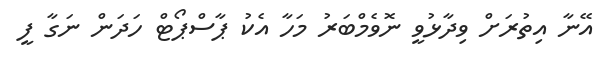
އޭނާ އިތުރަށް ވިދާޅުވީ ނޮވެމްބަރު މަހާ އެކު ޕާސްޕޯޓް ހަދަން ނަގާ ފީ